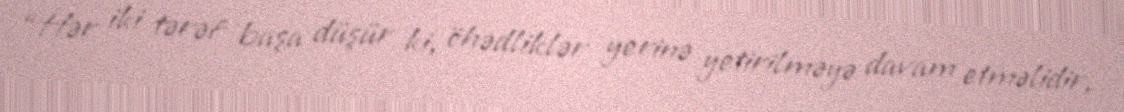
“Hər iki tərəf başa düşür ki, öhədliklər yerinə yetirilməyə davam etməlidir,